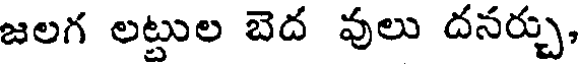
జలగ లట్టుల బెద వులు దనర్చు,